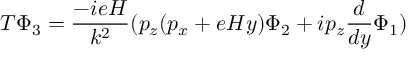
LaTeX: T \Phi _ { 3 } = \frac { - i e H } { k ^ { 2 } } ( p _ { z } ( p _ { x } + e H y ) \Phi _ { 2 } + i p _ { z } \frac { d } { d y } \Phi _ { 1 } )